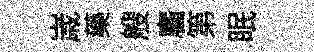
𡻕藥艘麕第眠